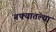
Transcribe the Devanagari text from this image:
नफ्यातल्या